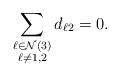
LaTeX: \begin{align*}\sum_{\substack{\ell \in \mathcal{N}(3)\\\ell\neq 1,2}} d_{\ell 2} = 0.\end{align*}